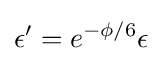
\epsilon '=e^{-\phi /6}\epsilon